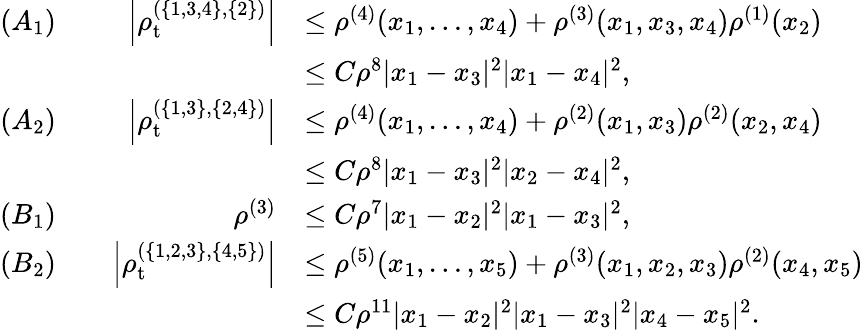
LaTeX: \begin{array}{rlrl}{(A_{1})}&{}&{\left\vert\rho_{\mathrm{t}}^{(\{ 1,3,4\} ,\{ 2\} )}\right\vert}&{\leq\rho^{(4)}(x_{1},\ldots,x_{4})+\rho^{(3)}(x_{1},x_{3},x_{4})\rho^{(1)}(x_{2})}\\ &{}&&{\leq C\rho^{8}|x_{1}-x_{3}|^{2}|x_{1}-x_{4}|^{2},}\\ {(A_{2})}&{}&{\left\vert\rho_{\mathrm{t}}^{(\{ 1,3\} ,\{ 2,4\} )}\right\vert}&{\leq\rho^{(4)}(x_{1},\ldots,x_{4})+\rho^{(2)}(x_{1},x_{3})\rho^{(2)}(x_{2},x_{4})}\\ &{}&&{\leq C\rho^{8}|x_{1}-x_{3}|^{2}|x_{2}-x_{4}|^{2},}\\ {(B_{1})}&{}&{\rho^{(3)}}&{\leq C\rho^{7}|x_{1}-x_{2}|^{2}|x_{1}-x_{3}|^{2},}\\ {(B_{2})}&{}&{\left\vert\rho_{\mathrm{t}}^{(\{ 1,2,3\} ,\{ 4,5\} )}\right\vert}&{\leq\rho^{(5)}(x_{1},\ldots,x_{5})+\rho^{(3)}(x_{1},x_{2},x_{3})\rho^{(2)}(x_{4},x_{5})}\\ &{}&&{\leq C\rho^{11}|x_{1}-x_{2}|^{2}|x_{1}-x_{3}|^{2}|x_{4}-x_{5}|^{2}.}\end{array}